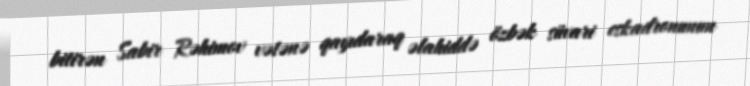
bitirən Sabir Rəhimov vətənə qayıdaraq əlahiddə özbək süvari eskadronunun